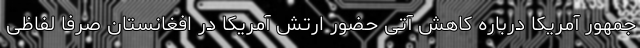
جمهور آمریکا درباره کاهش آتی حضور ارتش آمریکا در افغانستان صرفاً لفاظی